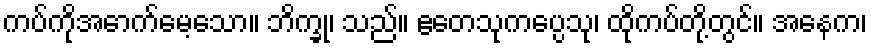
ကပ်ကိုအောက်မေ့သော။ ဘိက္ခု၊ သည်။ ဧတေသုကပ္ပေသု၊ ထိုကပ်တို့တွင်။ အနေက၊